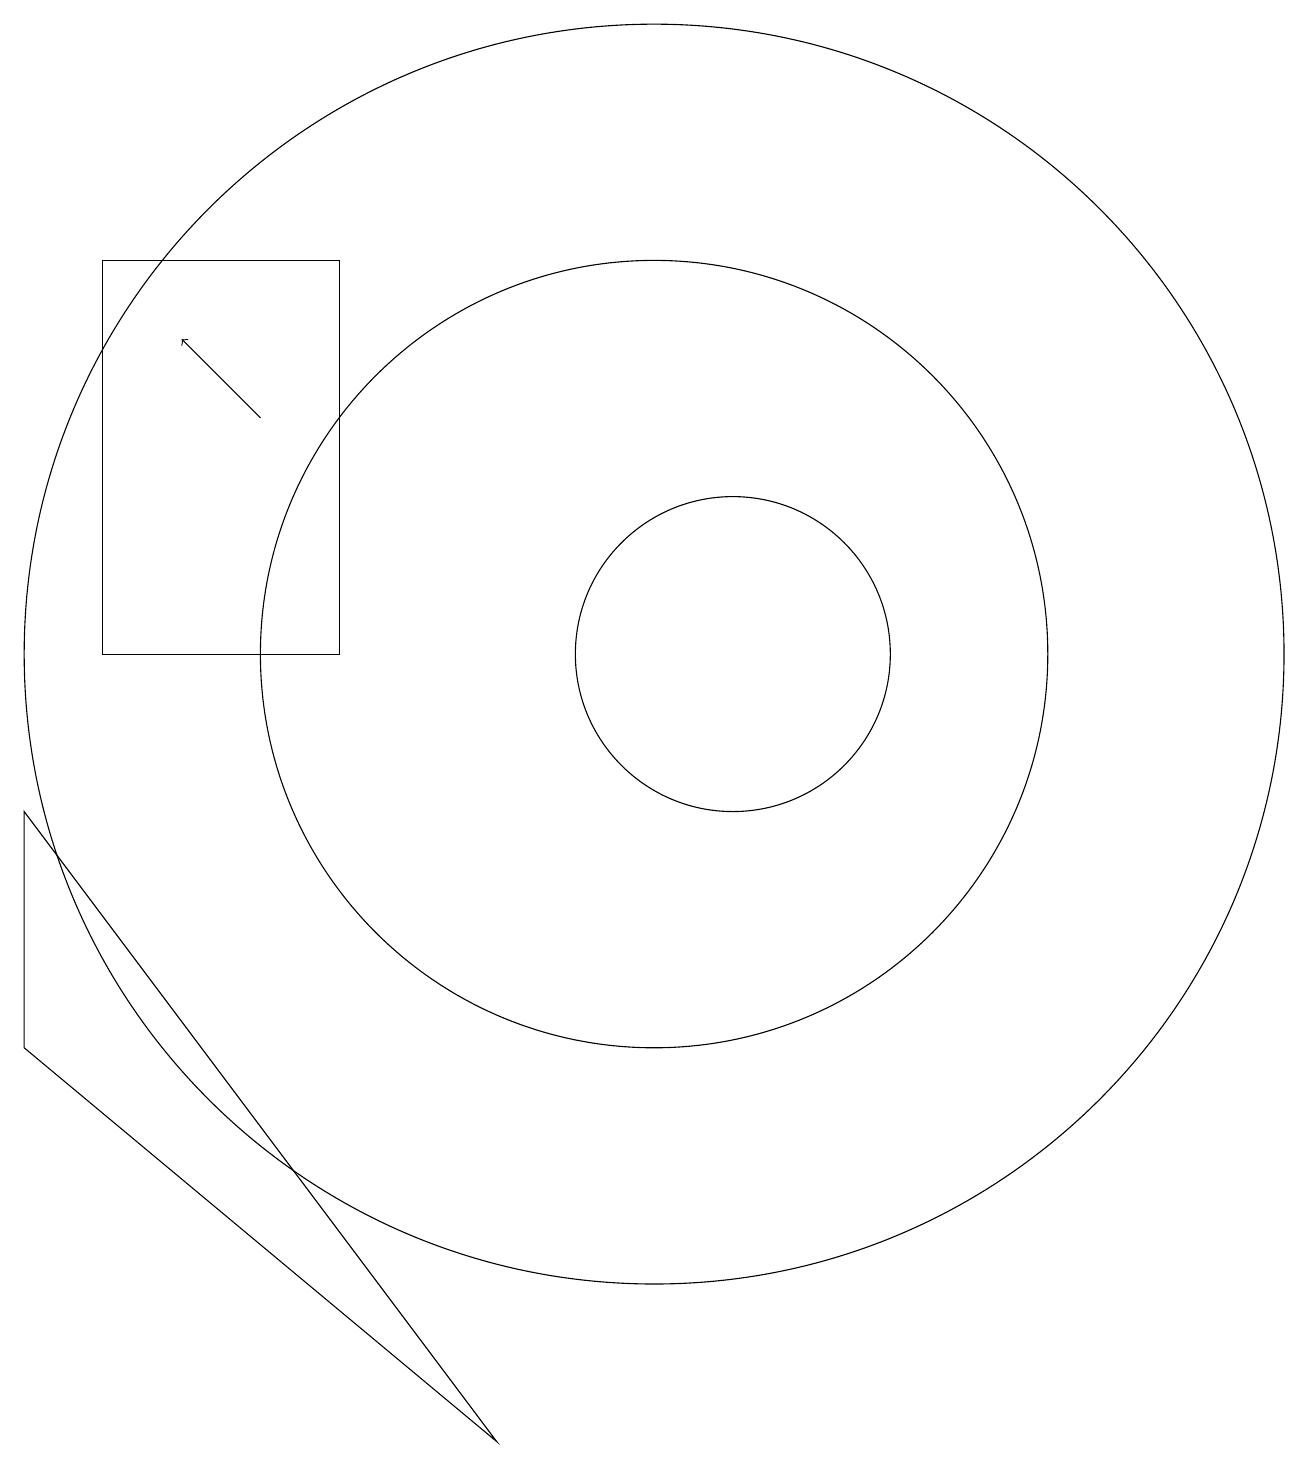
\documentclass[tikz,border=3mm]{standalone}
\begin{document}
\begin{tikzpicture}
\draw (12,10) circle (2);
\draw (4,15) rectangle (7,10);
\draw (11,10) circle (8);
\draw (11,10) circle (5);
\draw[->] (6,13) -- (5,14);
\draw (3,8) -- (3,5) -- (9,0) -- cycle;
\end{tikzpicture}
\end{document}